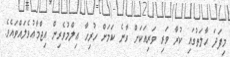
މިފަދަ ޙާލަތުގައި ކުރާ ވަރި ވަރިއަކަށް ވާނެ ކަމަށް ހުރިހާ ޢިލްމުވެރިން އިޖްމާޢުވެލައްވައެވެ.